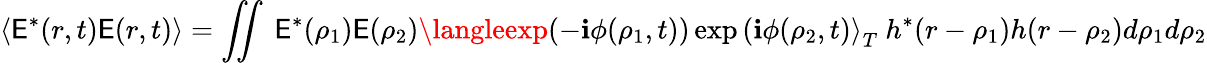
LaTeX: \langle\mathsf{E}^{*}(r,t)\mathsf{E}(r,t)\rangle=\iint\ \mathsf{E}^{*}(\rho_{1})\mathsf{E}(\rho_{2})\langleexp(-\mathbf{i}\phi(\rho_{1},t))\exp\left(\mathbf{i}\phi(\rho_{2},t)\right\rangle_{T}\ h^{*}(r-\rho_{1})h(r-\rho_{2})d\rho_{1}d\rho_{2}